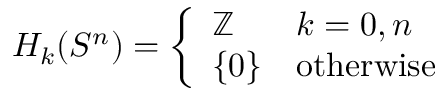
H _ { k } ( S ^ { n } ) = { \left\{ \begin{array} { l l } { \mathbb { Z } } & { k = 0 , n } \\ { \{ 0 \} } & { { \mathrm { o t h e r w i s e } } } \end{array} \right. }